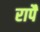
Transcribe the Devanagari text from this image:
रापैं